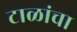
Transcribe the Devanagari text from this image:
टाळांचा